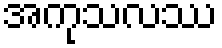
အကုသလဿ